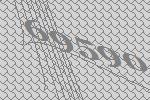
69590